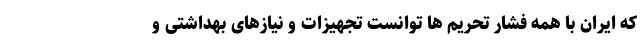
که ایران با همه فشار تحریم ها توانست تجهیزات و نیازهای بهداشتی و